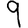
Digit: 9